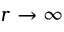
r \rightarrow \infty